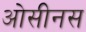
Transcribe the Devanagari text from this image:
ओसीनस